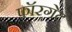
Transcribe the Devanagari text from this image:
फ़ॉरगेट